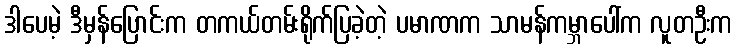
ဒါပေမဲ့ ဒီမှန်ပြောင်းက တကယ်တမ်းရိုက်ပြခဲ့တဲ့ ပမာဏက သာမန်ကမ္ဘာပေါ်က လူတဦးက